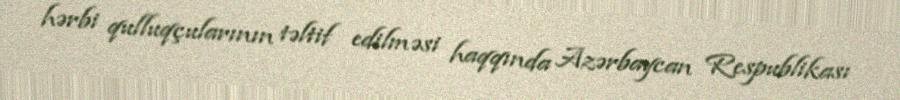
hərbi qulluqçularının təltif edilməsi haqqında Azərbaycan Respublikası